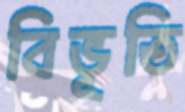
বিভূতি